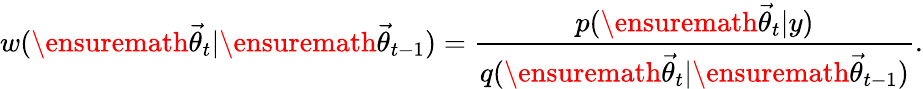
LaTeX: w(\ensuremath{\vec{\theta}}_{t}|\ensuremath{\vec{\theta}}_{t-1})=\frac{p(\ensuremath{\vec{\theta}}_{t}|y)}{q(\ensuremath{\vec{\theta}}_{t}|\ensuremath{\vec{\theta}}_{t-1})}.